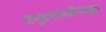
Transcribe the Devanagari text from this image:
समुद्रपातळीपासून